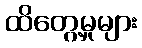
ထိတွေ့မှုများ